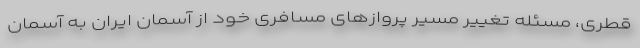
قطری، مسئله تغییر مسیر پروازهای مسافری خود از آسمان ایران به آسمان